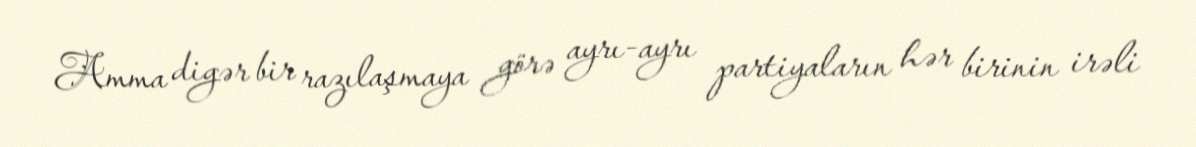
Amma digər bir razılaşmaya görə ayrı-ayrı partiyaların hər birinin irəli